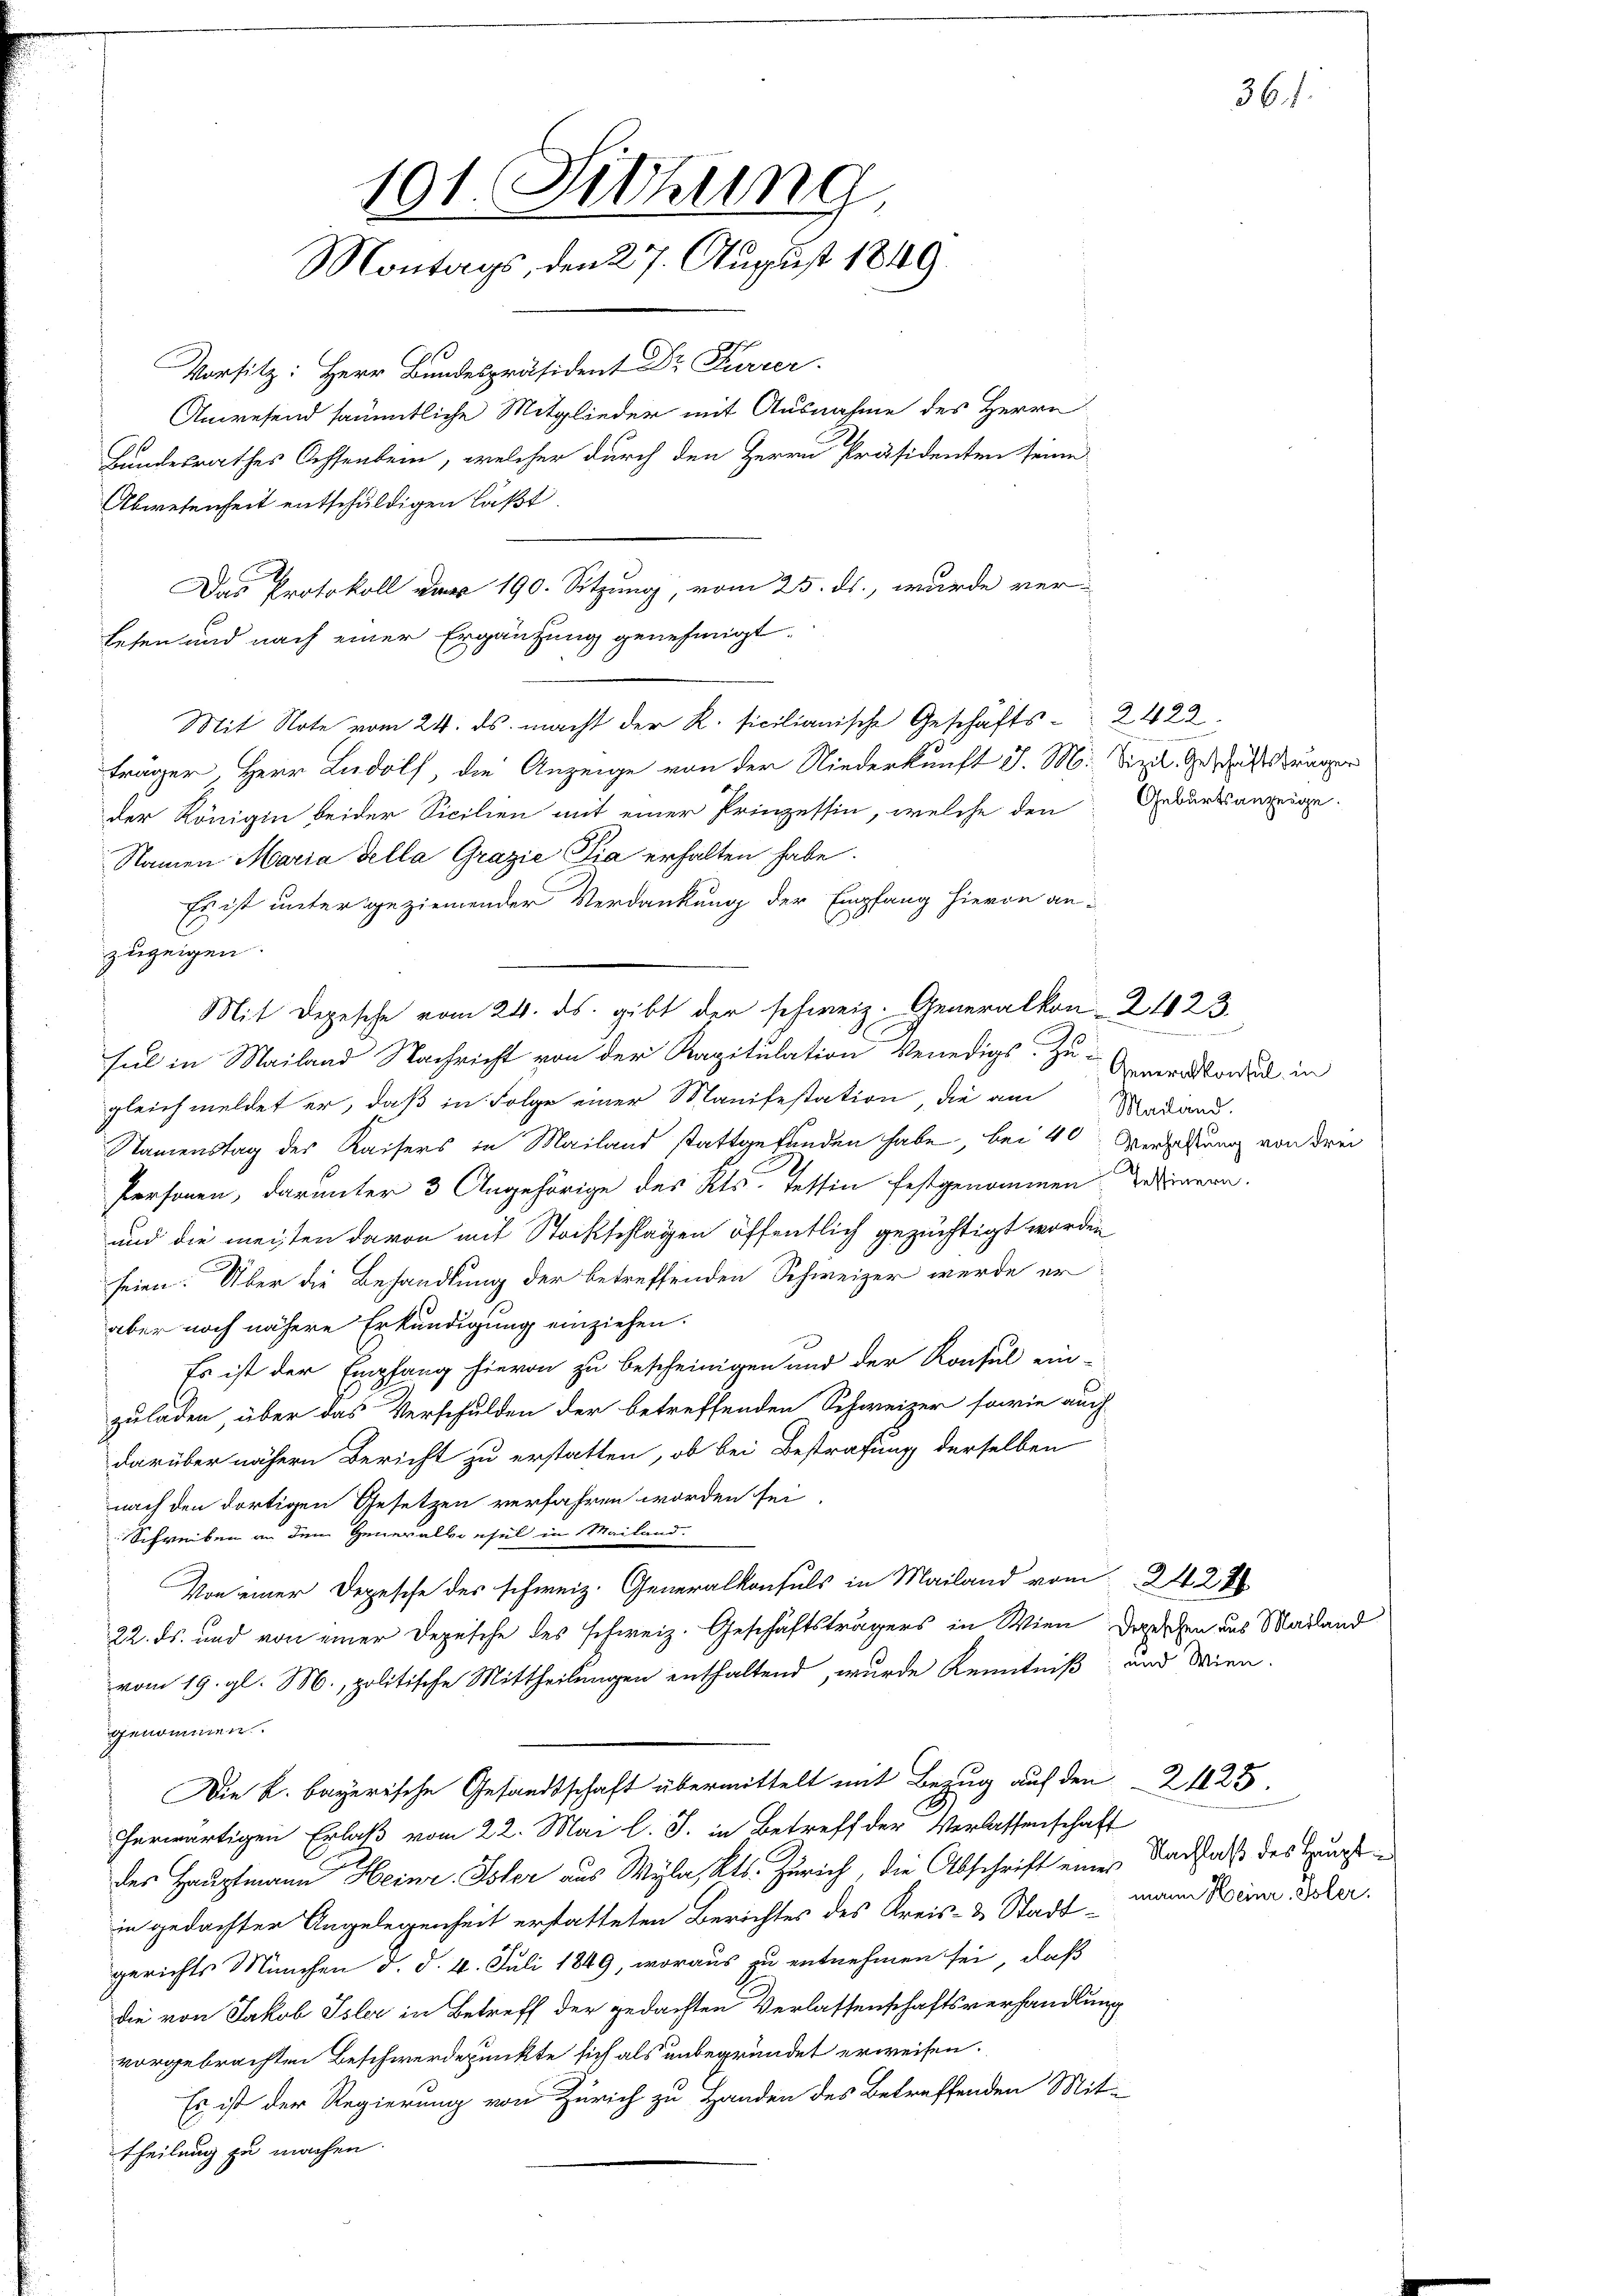
träger, Herr Ludolf, die Anzeige von der Niederkunft d. M. Sizil. Geschäftsträger
der Königin beider Sicilien mit einer Prinzessin, welche den
Namen Maria della Grazie Pia erhalten habe.
Es ist unter geziemender Verdankung der Empfang hievon an-
zuzeigen.
Mit Depesche vom 24. ds. gibt der schweiz. Generalkon 2123.
sel in Mailand Nachricht von der Kapitulation Venedigs. Zu Generatore in
gleich meldet er, daß in Folge einer Manifestation, die am Mediand
Namenstag des Kaisers in Mailand stattgefunden habe, bei 4 Versatzung von drei
Personen, darunter 3 Angehörige des Kts. Tessin festgenommen zeigern.
und die meisten davon mit Stockschlagen öffentlich gezüchtigt worden
seien. Über die Behandlung der betreffenden Schweizer werde er
aber noch nähere Erkundigung einziehen.
Es ist der Empfang hievon zu bescheinigen und der Konsul ein-
zuladen, über das Verschulden der betreffenden Schweizer sowie auch
darüber nähern Bericht zu erstatten, ob bei Bestrafung derselben
nach den dortigen Gesetzen verfahren worden sei,
Schreiben an dem Generalkonsul in Mailand.
Von einer Depesche des schweiz. Generalkonsuls in Mailand vom 24. 28
22. ds. und von einer Depesche des schweiz. Geschäftsträgers in Wien Depeschen aus Magland
vom 19. gl. M., politische Mittheilungen enthaltend, wurde Kenntniß und Wien.
genommen.
Die k. bayrische Gesandtschaft übermittelt mit Bezug auf den 2125.
herwärtigen Erlaß vom 22. Mai l. J. in Betreff der Verlassenschaft
des Hauptmann Heinr. Isler aus Wyla, Kts. Zürich, die Abschrift einer
in gedachter Angelegenheit erstatteten Berichtes des Kreis- & Stadt-
gerichts München d. d. 4. Juli 1849, woraus zu entnehmen sei, daß
die von Jakob Isler in Betreff der gedachten Verlassenschaftsverhandlung
vorgebrachten Beschwerdepunkte sich als unbegründet erweisen.
Es ist der Regierung von Zürich zu Handen des Betreffenden Mit-
Theilung zu machen.

101. Sitzung
Montags, den 27. August 1849
Vorsitz: Herr Bundespräsident Dr. Furrer.
Anwesend sämmtliche Mitglieder mit Ausnahme des Herrn
Bundesrathes Ochsendem, welcher durch den Herrn Präsidenten seine
Abwesenheit entschuldigen läßt.

Das Protokoll vor 190. Sitzung, vom 25. ds., wurde ver-
sehen und nach einer Ergänzung genehmigt.
Mit Note vom 24. ds. macht der K. sicilianische Geschäfts- 2 422

Geburtsanzeige.

e

Nachlaß des Hauptmann Heinr. Isler.

361.